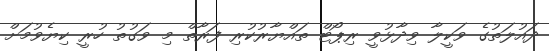
ދައުލަތުގެ ވަކީލާ ވިދާޅުވީ ރިޕޯޓް ތައްޔާރުކުރި ފަރާތް މި ވަގުތު ހުރީ ކިޔެވުމަށް